Civil Veterinary Dept. Bombay admin report 1893-99 - 1893-1899
Year: 1893
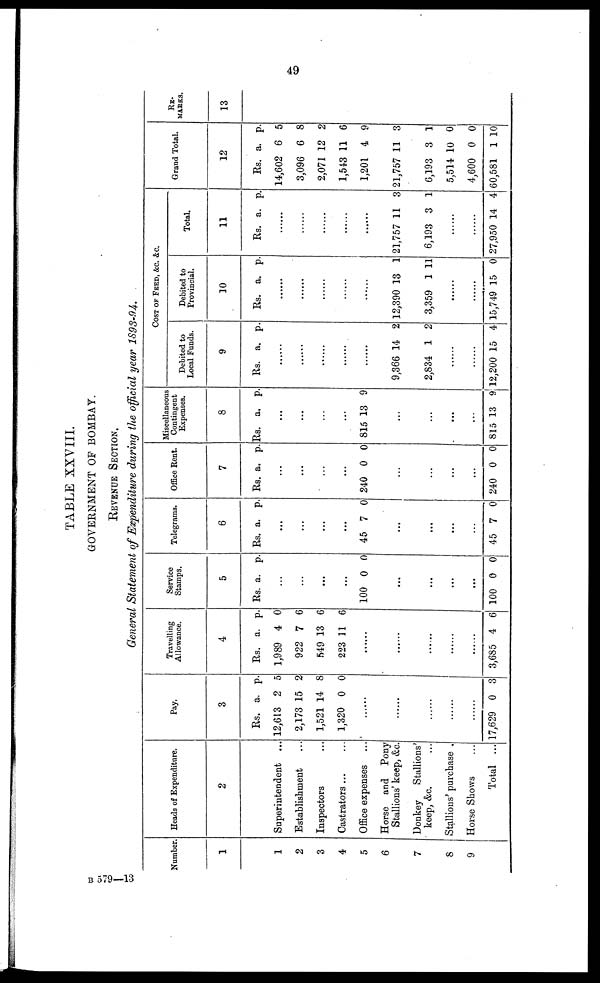
49
TABLE XXVIII.
GOVERNMENT OF BOMBAY.
REVENUE SECTION.
General Statement of Expenditure during the official year 1893-94.
Number.
1
1
2
3
4
5
6
7
8
9
Heads of Expenditure.
2
Superintendent ...
Establishment ...
Inspectors ...
Castrators ... ...
Office expenses ...
Horse and Pony
Stallions' keep, &c.
Donkey
Stallions'
keep, &c. ...
Stallions' purchase .
Horse Shows ...
Total ...
Pay.
3
Rs.
12,613
2,173
1,521
1,320
a.
2
15
14
0
p.
5
2
8
0
......
......
......
......
......
17,629 0 3
Travelling
Allowance.
4
Rs.
1,989
922
549
223
a.
4
7
13
11
p.
0
6
6
6
......
......
......
......
......
3,685 4 6
Service
Stamps.
5
Rs. a. p.
...
...
...
...
100 0 0
...
...
...
...
100 0 0
Telegrams.
6
Rs. a. p.
.
..
.
..
.
..
.
..
45 7 0
.
..
.
..
...
45 7 0
Office Rent.
7
Rs. a. p.
.
..
.
..
...
.
..
240 0 0
.
..
..
.
..
.
..
.
240 0 0
Miscellaneoius
Contingent
Expenses.
8
Rs. a. p.
...
...
...
...
815 13 9
...
...
.
..
.
..
815 13 9
COST OF FEED, &c. &c.
Debited to
Local Funds.
9
Rs. a. p.
......
......
......
......
......
9,366
2,834
14
1
2
2
......
......
12,200 15 4
Debited to
Provincial.
10
Rs. a. p.
......
......
......
......
......
12,390
3,359
13
1
1
11
......
......
15,749 15 0
Total.
11
Rs. a. p.
......
......
......
......
......
21,757
6,193
11
3
3
1
......
......
27,950 14 4
Grand Total.
12
Rs.
14,602
3,096
2,071
1,543
1,201
21,757
6,193
5,514
4,600
60,581
a.
6
6
12
11
4
11
3
10
0
1
p.
5
8
2
6
9
3
1
0
0
10
RE-
MARKS.
13
B 579—13